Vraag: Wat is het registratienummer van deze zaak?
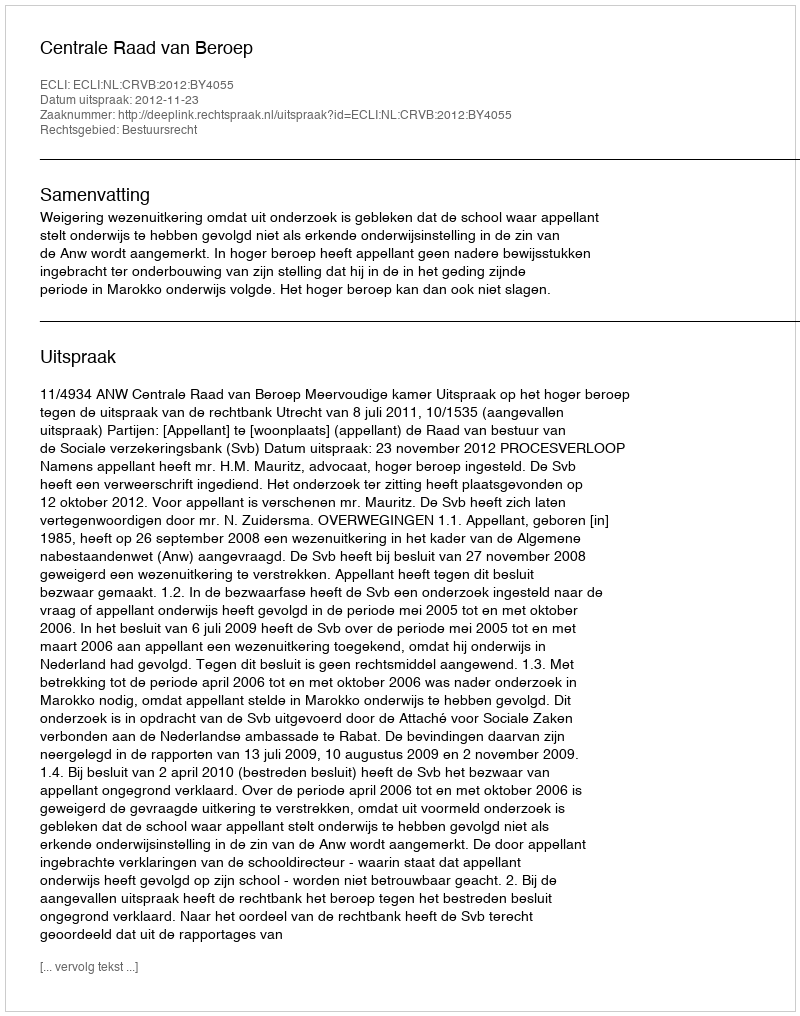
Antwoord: http://deeplink.rechtspraak.nl/uitspraak?id=ECLI:NL:CRVB:2012:BY4055